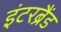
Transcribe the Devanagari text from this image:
इंटरब्रैंड